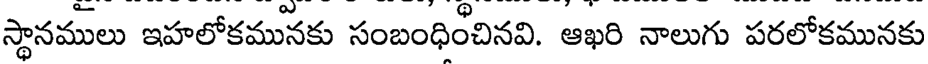
స్థానములు ఇహలోకమునకు సంబంధించినవి. ఆఖరి నాలుగు పరలోకమునకు